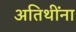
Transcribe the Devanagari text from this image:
अतिथींना